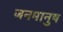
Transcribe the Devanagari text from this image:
जनमानुष